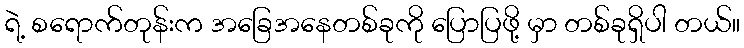
ရဲ့ စရောက်တုန်းက အခြေအနေတစ်ခုကို ပြောပြဖို့ မှာ တစ်ခုရှိပါ တယ်။